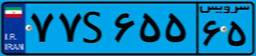
۷۷S۶۵۵۶۵